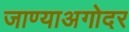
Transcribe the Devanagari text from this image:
जाण्याअगोदर